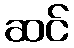
ဆင်